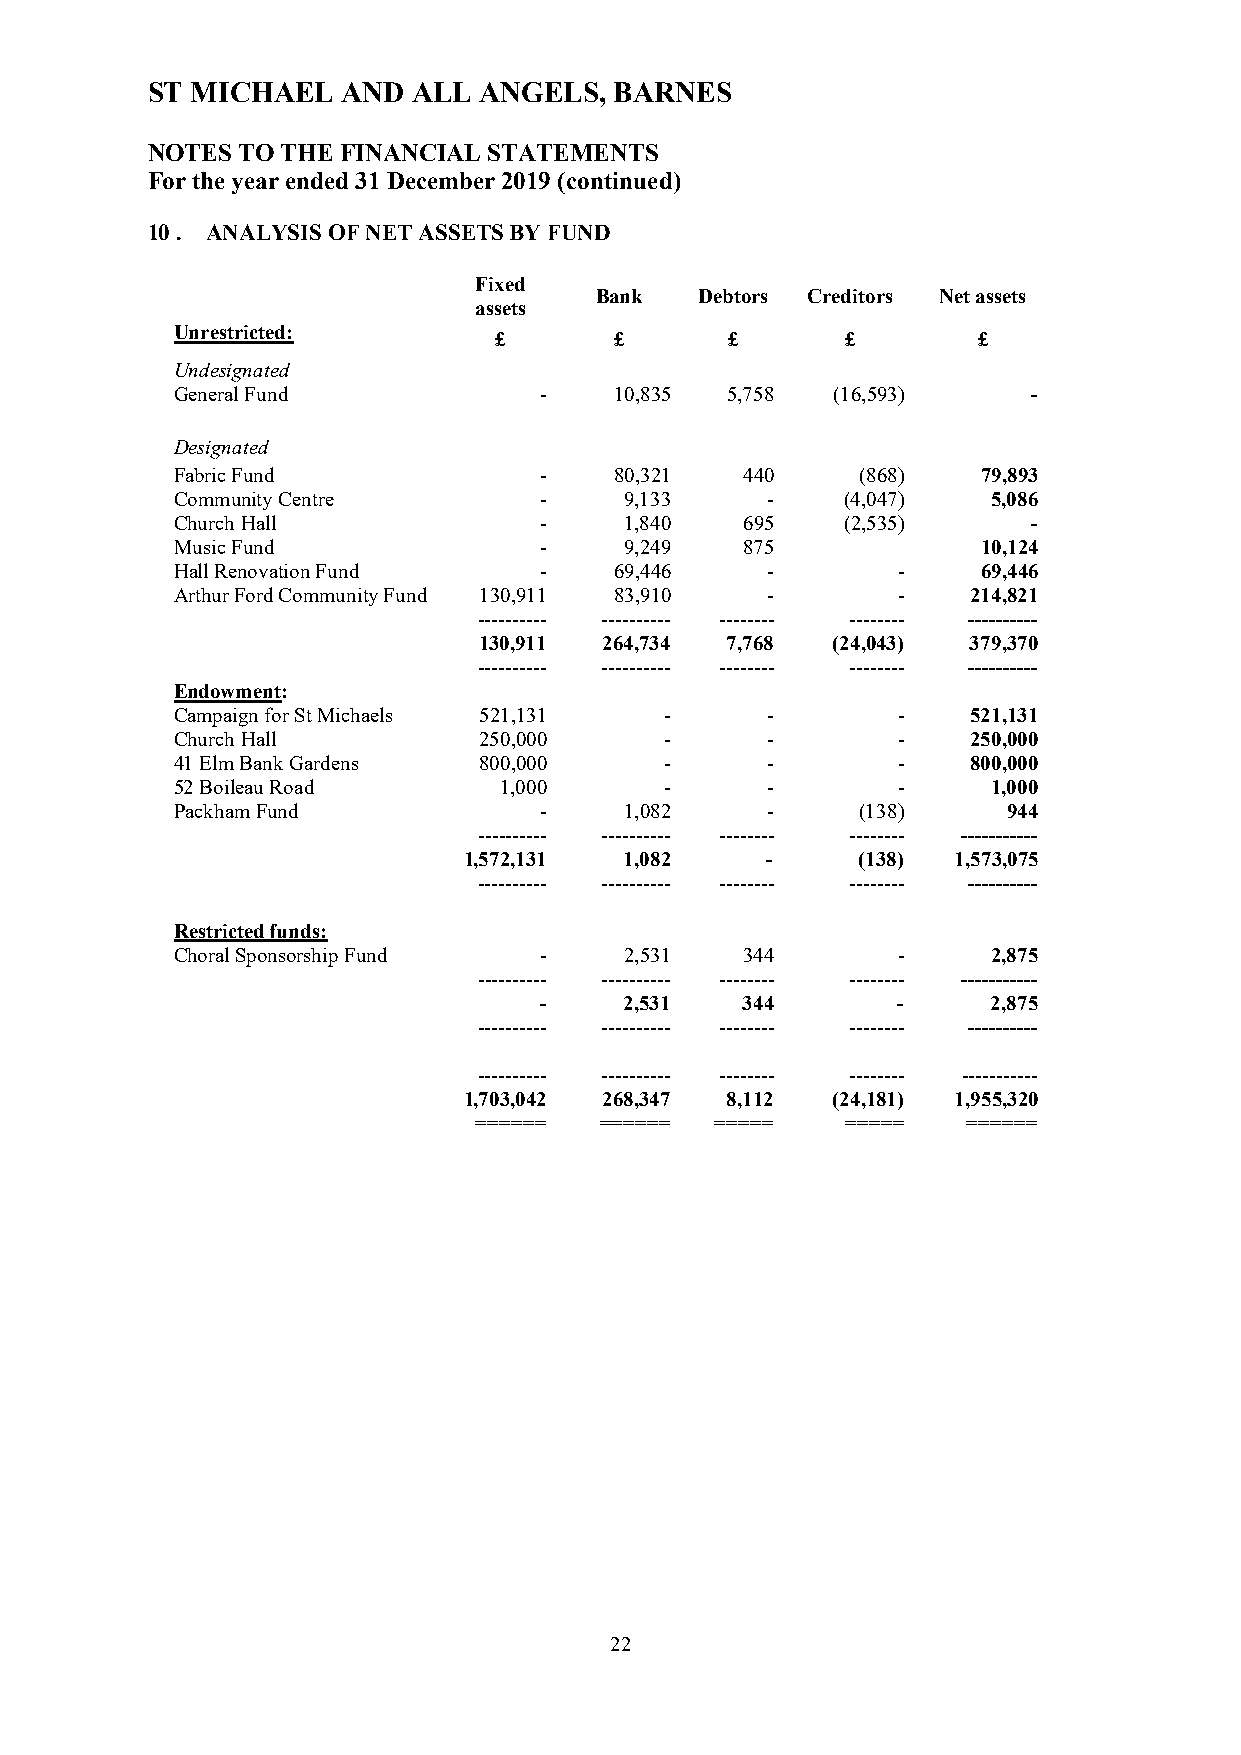
ST MICHAEL   AND ALL  ANGELS,  BARNES
 NOTES TO THE FINANCIAL STATEMENTS
 For the year ended 31 December 2019 (continued)
 10 . ANALYSIS OF NET ASSETS BY FUND
 Fixed
 Bank   Debtors Creditors Net assets
 assets
 Unrestricted:
 £       £      £       £        £
 Undesignated
 General Fund            -    10,835 5,758  (16,593)     -
 Designated
 Fabric Fund             -    80,321  440     (868)   79,893
 Community Centre        -    9,133     -    (4,047)   5,086
 Church Hall             -    1,840   695    (2,535)     -
 Music Fund              -    9,249   875             10,124
 Hall Renovation Fund    -    69,446    -       -     69,446
 Arthur Ford Community Fund 130,911 83,910 -    -    214,821
 ---------- ---------- -------- -------- ----------
 130,911 264,734 7,768  (24,043) 379,370
 ---------- ---------- -------- -------- ----------
 Endowment:
 Campaign for St Michaels 521,131 -     -       -    521,131
 Church Hall         250,000     -      -       -    250,000
 41 Elm Bank Gardens 800,000     -      -       -    800,000
 52 Boileau Road      1,000      -      -       -      1,000
 Packham Fund            -    1,082     -     (138)     944
 ---------- ---------- -------- -------- -----------
 1,572,131 1,082     -     (138) 1,573,075
 ---------- ---------- -------- -------- ----------
 Restricted funds:
 Choral Sponsorship Fund -    2,531   344       -      2,875
 ---------- ---------- -------- -------- -----------
 -    2,531   344       -      2,875
 ---------- ---------- -------- -------- ----------
 ---------- ---------- -------- -------- -----------
 1,703,042 268,347 8,112 (24,181) 1,955,320
 ======   ====== =====    =====   ======
 22